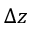
\Delta z